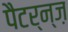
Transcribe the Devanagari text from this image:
पैटर्न्ज़